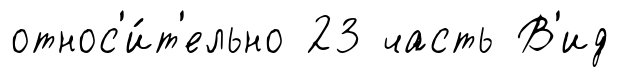
относ'и́т'ельно 23 часть В'ид